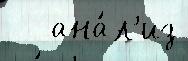
   ана́л'из